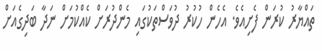
ތައްޔާރު ކުރަން ފެށިއެވެ. އެހެން ހުކުރު ދުވަސްތަކުގައި މެންދުރަށް ކެއްކުމަށް ނަދާ ބަދިގެއަށް